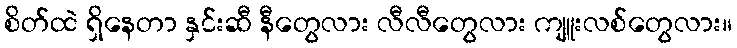
စိတ်ထဲ ရှိနေတာ နှင်းဆီ နီတွေလား လီလီတွေလား ကျူးလစ်တွေလား။